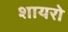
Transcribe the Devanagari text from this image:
शायरो